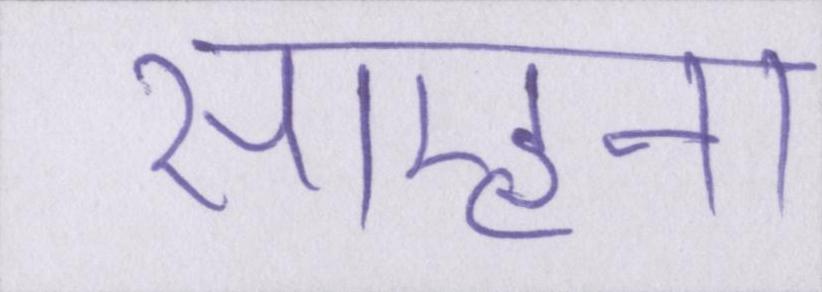
साम्हना